Leaving Certificate Examination (including Day School Certificate (Higher) General paper), 1933
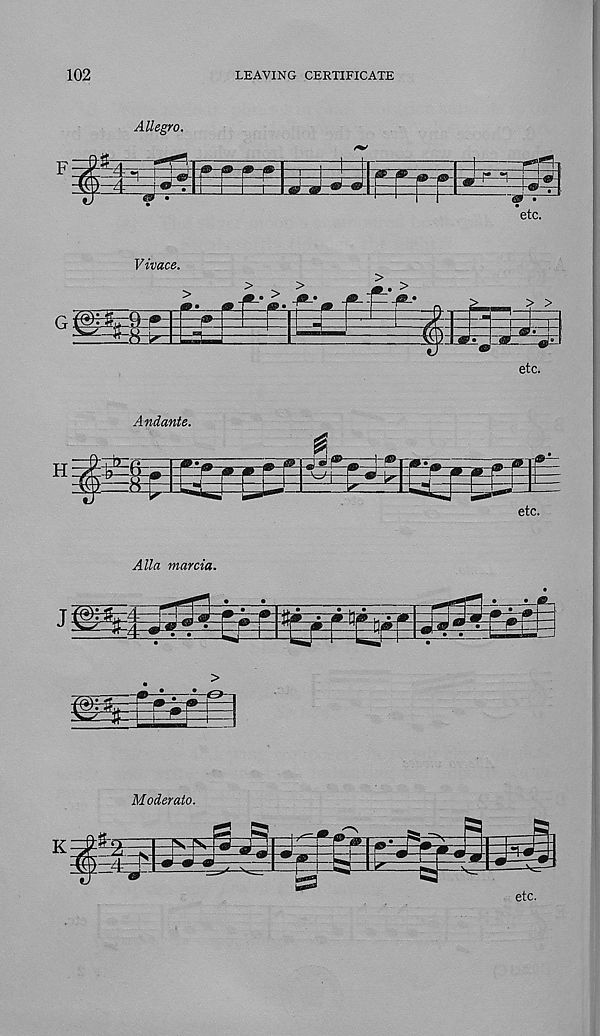
102
LEAVING CERTIFICATE
Allegro.
etc.
Alla marcia.
Moderate.
etc.